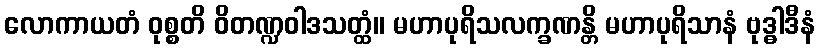
လောကာယတံ ဝုစ္စတိ ဝိတဏ္ဍဝါဒသတ္ထံ။ မဟာပုရိသလက္ခဏန္တိ မဟာပုရိသာနံ ဗုဒ္ဓါဒီနံ